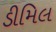
ડીમિલ